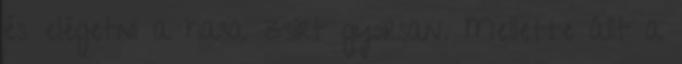
és elégetni a hasa zsírt gyorsan. Mellette állt a